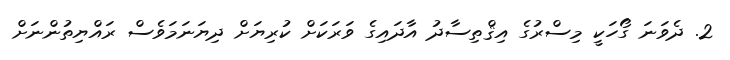
2. ދެވަނަ ގޯހަކީ މިސްރުގެ އިޤްތިސާދު އާދައިގެ ވަރަކަށް ކުރިޔަށް ދިޔަނަމަވެސް ރައްޔިތުންނަށް